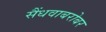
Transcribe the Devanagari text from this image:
सैंधवाबरोबर